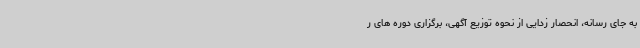
به جای رسانه، انحصار زدایی از نحوه توزیع آگهی، برگزاری دوره های ر